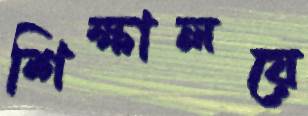
শিক্ষালয়ে